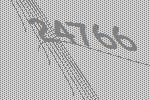
24766